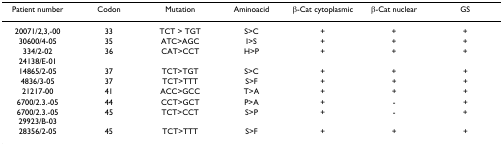
| Patient number | Codon | Mutation | Aminoacid | β-Cat cytoplasmic | β-Cat nuclear | GS |
 | --- | --- | --- | --- | --- | --- | --- |
 | 20071/2,3,-00 | 33 | TCT > TGT | S>C | + | + | + |
 | 30600/4-05 | 35 | ATC>AGC | I>S | + | + | + |
 | 334/2-0224138/E-01 | 36 | CAT>CCT | H>P | + | + | + |
 | 14865/2-05 | 37 | TCT>TGT | S>C | + | + | + |
 | 4836/3-05 | 37 | TCT>TTT | S>F | + | + | + |
 | 21217-00 | 41 | ACC>GCC | T>A | + | + | + |
 | 6700/2.3.-05 | 44 | CCT>GCT | P>A | + | - | + |
 | 6700/2.3.-0529923/B-03 | 45 | TCT>CCT | S>P | + | - | + |
 | 28356/2-05 | 45 | TCT>TTT | S>F | + | + | + |